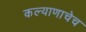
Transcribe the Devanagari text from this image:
कल्याणाचेच